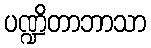
ပဏ္ဍိတာဘာသာ